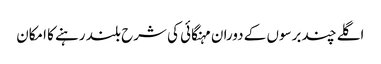
اگلے چند برسوں کے دوران مہنگائی کی شرح بلند رہنے کا امکان